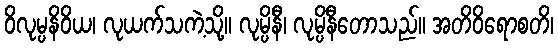
ဝိလုမ္ပနိဝိယ၊ လုယက်သကဲ့သို့။ လုမ္ပိနီ၊ လုမ္ပိနီတောသည်။ အတိဝိရောစတိ၊